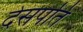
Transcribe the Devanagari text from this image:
देसपति